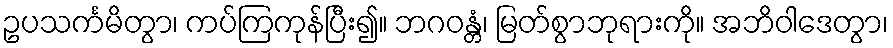
ဥပသင်္ကမိတွာ၊ ကပ်ကြကုန်ပြီး၍။ ဘဂဝန္တံ၊ မြတ်စွာဘုရားကို။ အဘိဝါဒေတွာ၊